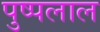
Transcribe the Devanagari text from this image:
पुष्पलाल